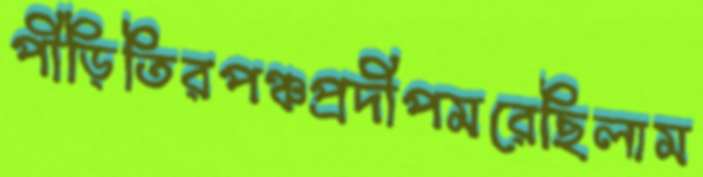
পীড়িতিরপঞ্চপ্রদীপমরেছিলাম